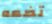
تضعه